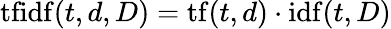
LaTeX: \mathrm{tfidf}(t,d,D)=\mathrm{tf}(t,d)\cdot\mathrm{idf}(t,D)